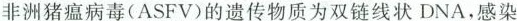
非洲猪瘟病毒(ASFV)的遗传物质为双链线状DNA，感染